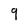
Character: 9